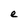
Character: e